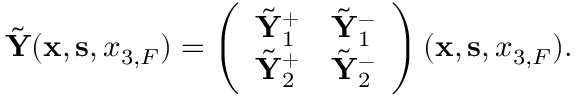
\begin{array} { r } { \tilde { \bf Y } ( { { \bf x } } , { { \bf s } } , { x _ { 3 , F } } ) = \left( \begin{array} { l l } { \tilde { \bf Y } _ { 1 } ^ { + } } & { \tilde { \bf Y } _ { 1 } ^ { - } } \\ { \tilde { \bf Y } _ { 2 } ^ { + } } & { \tilde { \bf Y } _ { 2 } ^ { - } } \end{array} \right) ( { { \bf x } } , { { \bf s } } , { x _ { 3 , F } } ) . } \end{array}